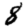
Digit: 8